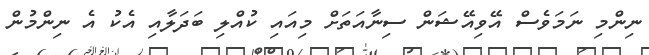
ނިންމި ނަމަވެސް އޭވިއޭޝަން ސިނާއަތަށް މިއައި ކުއްލި ބަދަލާއި އެކު އެ ނިންމުން